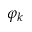
\varphi _ { k }